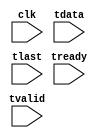

module tb_print_crc32 (
    input  wire        clk,
    // input : AXI-stream
    input  wire        tready,
    input  wire        tvalid,
    input  wire [ 7:0] tdata,
    input  wire        tlast
);


function  [31:0] calculate_crc;
    input [31:0] crc;
    input [ 7:0] inbyte;
    reg   [31:0] TABLE_CRC [15:0];
begin
    TABLE_CRC[0] = 'h00000000;    TABLE_CRC[1] = 'h1db71064;    TABLE_CRC[2] = 'h3b6e20c8;    TABLE_CRC[3] = 'h26d930ac;
    TABLE_CRC[4] = 'h76dc4190;    TABLE_CRC[5] = 'h6b6b51f4;    TABLE_CRC[6] = 'h4db26158;    TABLE_CRC[7] = 'h5005713c;
    TABLE_CRC[8] = 'hedb88320;    TABLE_CRC[9] = 'hf00f9344;    TABLE_CRC[10]= 'hd6d6a3e8;    TABLE_CRC[11]= 'hcb61b38c;
    TABLE_CRC[12]= 'h9b64c2b0;    TABLE_CRC[13]= 'h86d3d2d4;    TABLE_CRC[14]= 'ha00ae278;    TABLE_CRC[15]= 'hbdbdf21c;
    calculate_crc = crc ^ {24'h0, inbyte};
    calculate_crc = TABLE_CRC[calculate_crc[3:0]] ^ (calculate_crc >> 4);
    calculate_crc = TABLE_CRC[calculate_crc[3:0]] ^ (calculate_crc >> 4);
end
endfunction


reg [31:0] stream_index = 1;
reg [31:0] stream_len = 0;
reg [31:0] stream_crc = 'hFFFFFFFF;
always @ (posedge clk)
    if (tvalid & tready) begin
        stream_len = stream_len + 1;
        stream_crc = calculate_crc(stream_crc, tdata);
        if (tlast) begin
            if (stream_len < 32) begin
                $display("stream (ignored) length=%10d  CRC=%08x"              , stream_len, ~stream_crc);
            end else begin
                $display("stream %3d       length=%10d  CRC=%08x", stream_index, stream_len, ~stream_crc);
                stream_index = stream_index + 1;
            end
            stream_len = 0;
            stream_crc = 'hFFFFFFFF;
        end
    end


endmodule